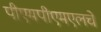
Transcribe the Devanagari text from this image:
पीएमपीएमएलचे